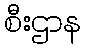
စီးဌာန